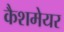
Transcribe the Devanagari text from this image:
कैशमेयर